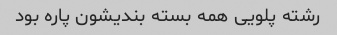
رشته پلویی همه بسته بندیشون پاره بود